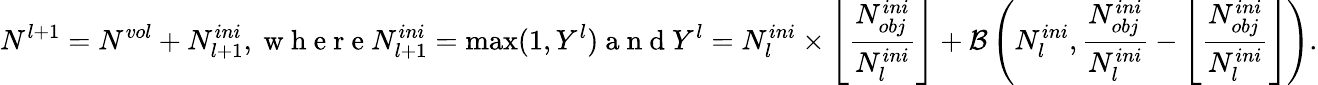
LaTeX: N^{l+1}=N^{vol}+N_{l+1}^{ini},\mathrm{~w~h~e~r~e~}N_{l+1}^{ini}=\operatorname*{max}(1,Y^{l})\mathrm{~a~n~d~}Y^{l}=N_{l}^{ini}\times\left\lfloor\frac{N_{obj}^{ini}}{N_{l}^{ini}}\right\rfloor+\mathcal{B}\left(N_{l}^{ini},\frac{N_{obj}^{ini}}{N_{l}^{ini}}-\left\lfloor\frac{N_{obj}^{ini}}{N_{l}^{ini}}\right\rfloor\right).